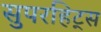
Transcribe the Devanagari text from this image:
सुपरहिट्स